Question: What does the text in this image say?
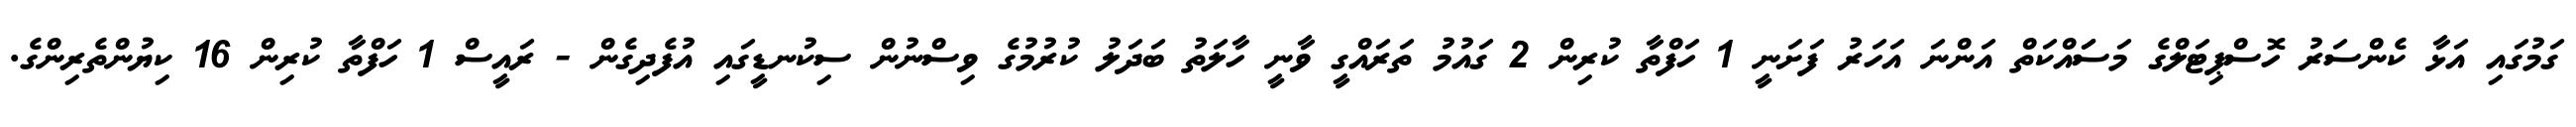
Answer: ގަމުގައި އަޅާ ކެންސަރު ހޮސްޕިޓަލްގެ މަސަައްކަތް އަންނަ އަހަރު ފަށަނީ 1 ހަފްތާ ކުރިން 2 ގައުމު ތަރައްގީ ވާނީ ހާލަތު ބަދަލު ކުރުމުގެ ވިސްނުން ސިކުނޑީގައި އުފެދިގެން - ރައީސް 1 ހަފްތާ ކުރިން 16 ކިޔުންތެރިންގެ.